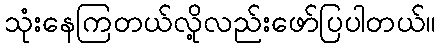
သုံးနေကြတယ်လို့လည်းဖော်ပြပါတယ်။